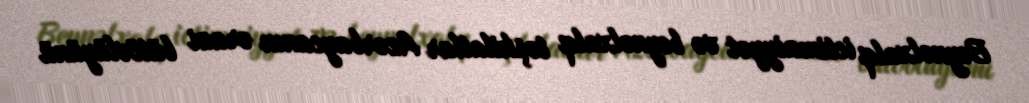
Beynəlxalq ictimaiyyət və beynəlxalq təşkilatlar Azərbaycanın ərazi bütövlüyünü